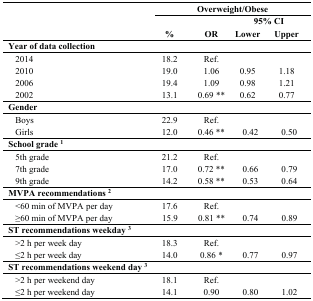
<table><thead><tr><td></td><td colspan="4"><b>Overweight/Obese</b></td></tr><tr><td rowspan="2"></td><td></td><td></td><td colspan="2"><b>95% CI</b></td></tr><tr><td><b>%</b></td><td><b>OR</b></td><td><b>Lower</b></td><td><b>Upper</b></td></tr></thead><tbody><tr><td><b>Year of data collection</b></td><td></td><td></td><td></td><td></td></tr><tr><td> 2014</td><td>18.2</td><td>Ref.</td><td></td><td></td></tr><tr><td> 2010</td><td>19.0</td><td>1.06</td><td>0.95</td><td>1.18</td></tr><tr><td> 2006</td><td>19.4</td><td>1.09</td><td>0.98</td><td>1.21</td></tr><tr><td> 2002</td><td>13.1</td><td>0.69 **</td><td>0.62</td><td>0.77</td></tr><tr><td><b>Gender</b></td><td></td><td></td><td></td><td></td></tr><tr><td> Boys</td><td>22.9</td><td>Ref.</td><td></td><td></td></tr><tr><td> Girls</td><td>12.0</td><td>0.46 **</td><td>0.42</td><td>0.50</td></tr><tr><td><b>School grade <sup>1</sup></b></td><td></td><td></td><td></td><td></td></tr><tr><td> 5th grade</td><td>21.2</td><td>Ref.</td><td></td><td></td></tr><tr><td> 7th grade</td><td>17.0</td><td>0.72 **</td><td>0.66</td><td>0.79</td></tr><tr><td> 9th grade</td><td>14.2</td><td>0.58 **</td><td>0.53</td><td>0.64</td></tr><tr><td><b>MVPA recommendations <sup>2</sup></b></td><td></td><td></td><td></td><td></td></tr><tr><td> &lt;60 min of MVPA per day</td><td>17.6</td><td>Ref.</td><td></td><td></td></tr><tr><td> ≥60 min of MVPA per day</td><td>15.9</td><td>0.81 **</td><td>0.74</td><td>0.89</td></tr><tr><td><b>ST recommendations weekday <sup>3</sup></b></td><td></td><td></td><td></td><td></td></tr><tr><td> &gt;2 h per week day</td><td>18.3</td><td>Ref.</td><td></td><td></td></tr><tr><td> ≤2 h per week day</td><td>14.0</td><td>0.86 *</td><td>0.77</td><td>0.97</td></tr><tr><td><b>ST recommendations weekend day <sup>3</sup></b></td><td></td><td></td><td></td><td></td></tr><tr><td> &gt;2 h per weekend day</td><td>18.1</td><td>Ref.</td><td></td><td></td></tr><tr><td> ≤2 h per weekend day</td><td>14.1</td><td>0.90</td><td>0.80</td><td>1.02</td></tr></tbody></table>